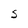
Character: S